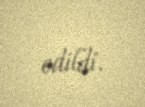
edildi.